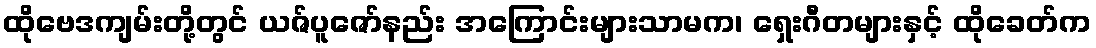
ထိုဗေဒကျမ်းတို့တွင် ယဇ်ပူဇော်နည်း အကြောင်းများသာမက၊ ရှေးဂီတများနှင့် ထိုခေတ်က